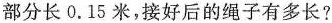
部分长0.15米，接好后的绳子有多长?